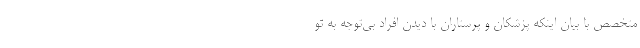
متخصص با بیان اینکه پزشکان و پرستاران با دیدن افراد بی‌توجه به تو